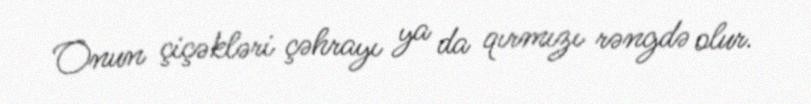
Onun çiçəkləri çəhrayı ya da qırmızı rəngdə olur.